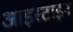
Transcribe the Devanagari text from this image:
आइस्टाइन